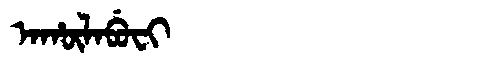
Manchu: ᠠᡥᡡᠯᠠᠪᡠᠸᡳ
Romanization: AHŪLABUFI